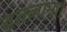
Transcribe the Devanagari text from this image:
बतलाना।